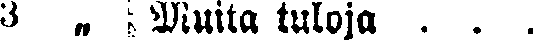
3 „ Muita tuloja . . .